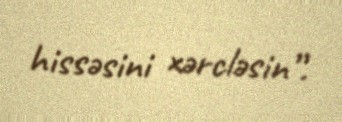
hissəsini xərcləsin”.